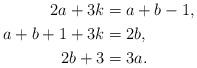
LaTeX: \begin{align*}2 a + 3 k & = a + b -1,\\a + b + 1 + 3 k & = 2 b,\\2 b + 3 & = 3 a.\end{align*}